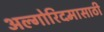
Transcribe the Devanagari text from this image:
अल्गोरिदमासाठी